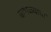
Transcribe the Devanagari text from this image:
बाभळ्याचा